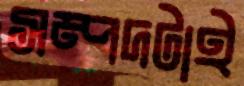
সম্পদটাই